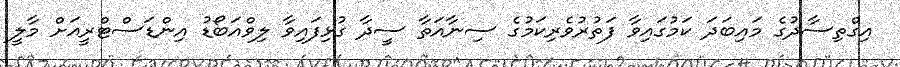
އިގްތިސާދުގެ މައިބަދަ ކަމުގައިވާ ފަތުރުވެރިކަމުގެ ސިނާއަތާ ސީދާ ގުޅިފައިވާ ލިވްއަބޯޑު އިންޑަސްޓްރީއަށް މާލީ